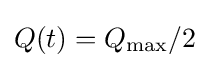
Q(t)=Q_{\text{max}}/2